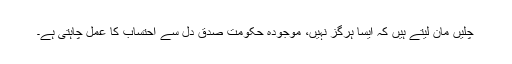
چلیں مان لیتے ہیں کہ ایسا ہرگز نہیں، موجودہ حکومت صدق دل سے احتساب کا عمل چاہتی ہے۔